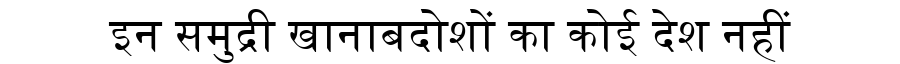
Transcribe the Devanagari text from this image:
इन समुद्री खानाबदोशों का कोई देश नहीं